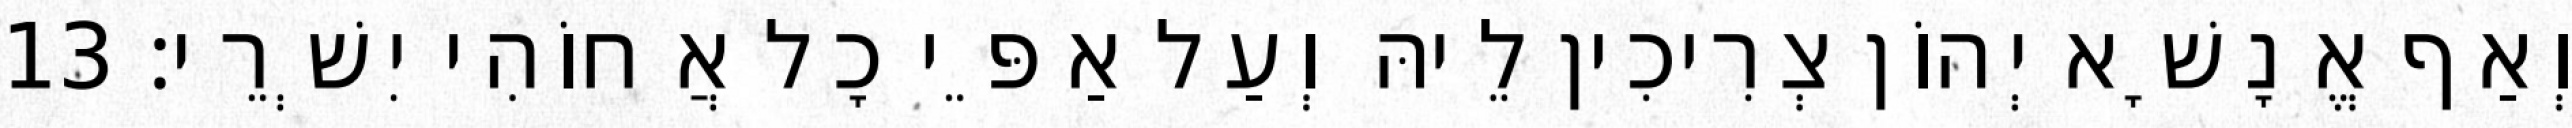
וְאַף אֱנָשָׁא יְהוֹן צְרִיכִין לֵיהּ וְעַל אַפֵּי כָל אֲחוֹהִי יִשְׁרֵי׃ 13